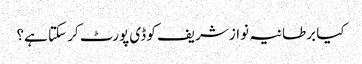
کیا برطانیہ نواز شریف کو ڈی پورٹ کر سکتا ہے؟